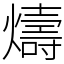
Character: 燽